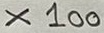
Text: x100